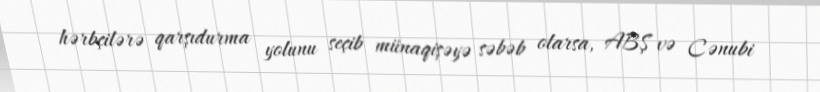
hərbçilərə qarşıdurma yolunu seçib münaqişəyə səbəb olarsa, ABŞ və Cənubi